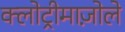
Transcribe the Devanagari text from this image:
क्लोट्रीमाज़ोले